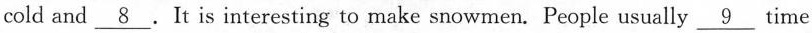
cold and \underline{8}. It is interesting to make snowmen. People usually \underline{9} time